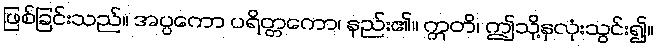
ဖြစ်ခြင်းသည်။ အပ္ပကော ပရိတ္တကော၊ နည်း၏။ ဣတိ၊ ဤသို့နှလုံးသွင်း၍။